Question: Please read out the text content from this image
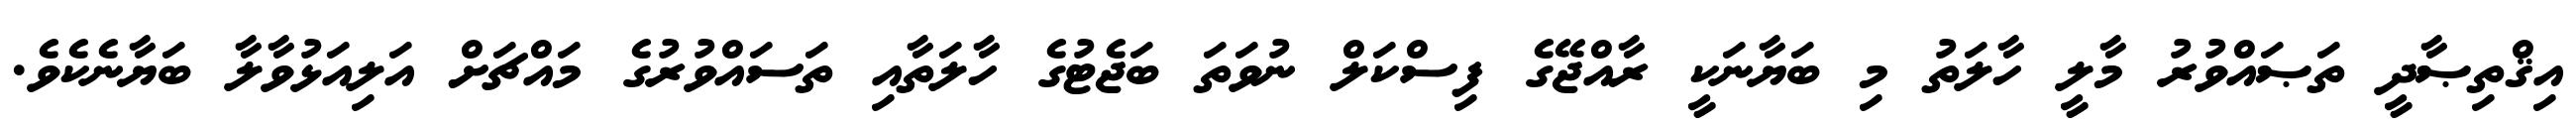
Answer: އިޤްތިޞާދީ ތަޞައްވުރު މާލީ ހާލަތު މި ބަޔާނަކީ ރާއްޖޭގެ ފިސްކަލް ނުވަތަ ބަޖެޓުގެ ހާލަތާއި ތަސައްވުރުގެ މައްޗަށް އަލިއަޅުވާލާ ބަޔާނެކެވެ.